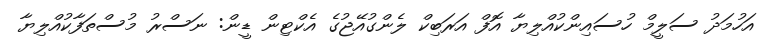
އަހުމަދު ސަލީމް ހުސައިންކުއްލިޔާ އޮފް އަރަބިކް ލެންގުއޭޖުގެ އެކްޓިން ޑީން: ނަސްރު މުސްތަފާކުއްލިޔާ